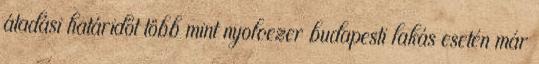
átadási határidőt több mint nyolcezer budapesti lakás esetén már